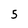
Character: 5